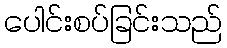
ပေါင်းစပ်ခြင်းသည်